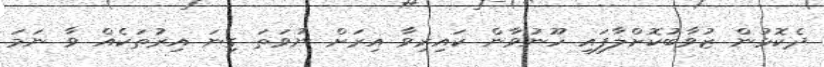
ދެކޮޅުން ޒުވާބުކޮށްލާފައި ހޫނުވާން ކައިރިވާ އިރަށް ނުވަތަ ގިނަ އިރުތަކެއް ވާ ނަމަ